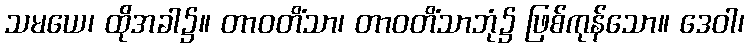
သမယေ၊ ထိုအခါ၌။ တာဝတိံသာ၊ တာဝတိံသာဘုံ၌ ဖြစ်ကုန်သော။ ဒေဝါ၊